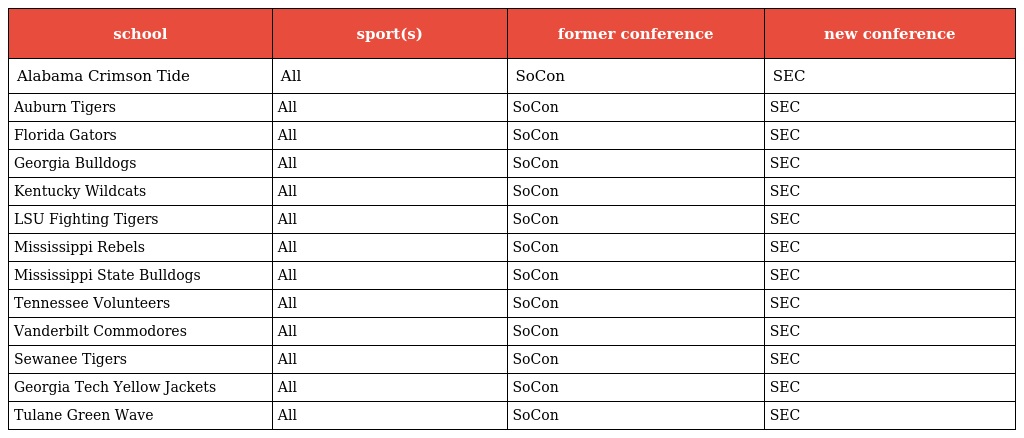
| school | sport(s) | former conference | new conference |
 | --- | --- | --- | --- |
 | Alabama Crimson Tide | All | SoCon | SEC |
 | Auburn Tigers | All | SoCon | SEC |
 | Florida Gators | All | SoCon | SEC |
 | Georgia Bulldogs | All | SoCon | SEC |
 | Kentucky Wildcats | All | SoCon | SEC |
 | LSU Fighting Tigers | All | SoCon | SEC |
 | Mississippi Rebels | All | SoCon | SEC |
 | Mississippi State Bulldogs | All | SoCon | SEC |
 | Tennessee Volunteers | All | SoCon | SEC |
 | Vanderbilt Commodores | All | SoCon | SEC |
 | Sewanee Tigers | All | SoCon | SEC |
 | Georgia Tech Yellow Jackets | All | SoCon | SEC |
 | Tulane Green Wave | All | SoCon | SEC |